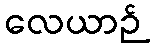
လေယာဉ်